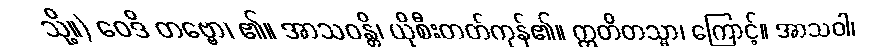
သို့။) ဝေဒိ တဗ္ဗော၊ ၏။ အာသဝန္တိ၊ ယိုစီးတတ်ကုန်၏။ ဣတိတသ္မာ၊ ကြောင့်။ အာသဝါ၊